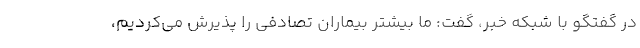
در گفتگو با شبکه خبر، گفت: ما بیشتر بیماران تصادفی را پذیرش می‌کردیم،